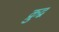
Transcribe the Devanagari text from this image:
क्रुद्व